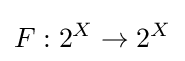
F:2^{X}\to 2^{X}